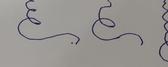
Signature authenticity: forged